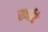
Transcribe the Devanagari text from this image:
ख्यति